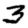
Digit: 3